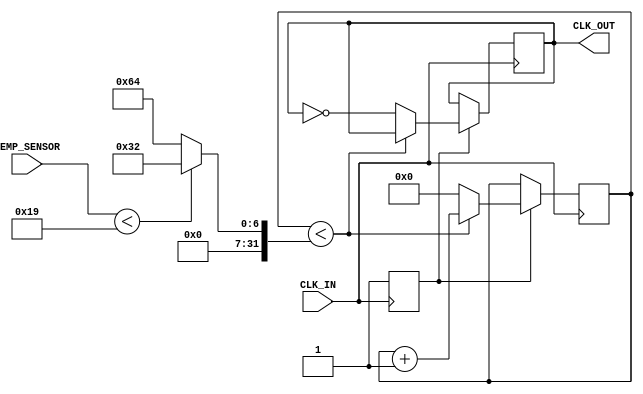
module Temp_Compensated_Clock_Buffer (
    input wire CLK_IN,              // Input clock signal
    input wire [7:0] TEMP_SENSOR,   // Temperature sensor input (8-bit for simplicity)
    output reg CLK_OUT              // Output clock signal
);

    // Parameters for compensation (to be defined based on calibration)
    parameter TEMP_THRESHOLD = 8'd25; // Example threshold for temperature
    parameter COMPENSATION_FACTOR = 2; // Example factor for clock adjustment

    // Internal signals
    reg [31:0] clk_divider;          // Clock divider based on temperature
    reg [31:0] counter;              // Counter for generating the output clock
    reg clk_enable;                  // Enable clock control

    // Input Stage - Simple buffering with Schmitt Trigger behavior
    always @(posedge CLK_IN) begin
        clk_enable <= 1'b1; // Enable clock when there's a positive edge on CLK_IN
    end

    // Temperature Compensation Logic
    always @(TEMP_SENSOR) begin
        if (TEMP_SENSOR < TEMP_THRESHOLD) begin
            clk_divider <= 32'd50; // Example divider for lower temperature
        end else begin
            clk_divider <= 32'd100; // Example divider for higher temperature
        end
    end

    // Clock Generation
    always @(posedge CLK_IN) begin
        if (clk_enable) begin
            if (counter < clk_divider) begin
                counter <= counter + 1;
            end else begin
                counter <= 32'd0; // Reset counter
                CLK_OUT <= ~CLK_OUT; // Toggle output clock
            end
        end
    end

    // Output Stage - Simple buffering (to be replaced with a real buffer)
    initial begin
        CLK_OUT = 1'b0; // Initialize output clock to low
        counter = 32'd0; // Initialize counter to zero
    end

endmodule